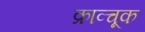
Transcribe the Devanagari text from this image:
क्राव्चूक